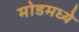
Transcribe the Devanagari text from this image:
मोडमध्ये